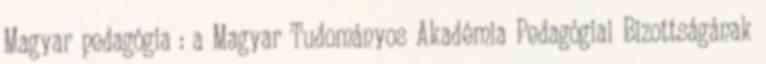
Magyar pedagógia : a Magyar Tudományos Akadémia Pedagógiai Bizottságának